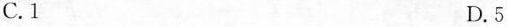
C.1 D.5